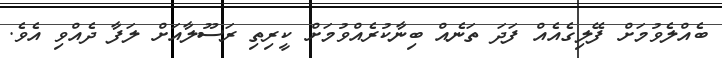
ބެއްލެވުމަށް ފޭލިގެއެއް ފަދަ ތަނެއް ބިނާކުރެއްވުމަށް ކީރިތި ރަސޫލާއަށް ލަފާ ދެއްވި އެވެ.